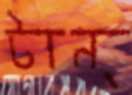
টান্‌